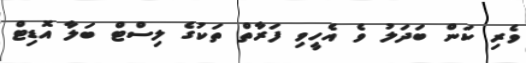
ވެރި ކަން ބަދަލު ވެ އެހީވި ފަރާތް ތަކުގެ ލިސްޓް ބަލާ އޮޑިޓް